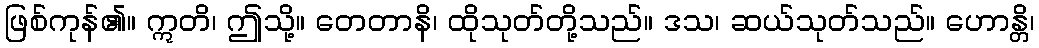
ဖြစ်ကုန်၏။ ဣတိ၊ ဤသို့။ တေတာနိ၊ ထိုသုတ်တို့သည်။ ဒသ၊ ဆယ်သုတ်သည်။ ဟောန္တိ၊